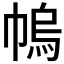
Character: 𢄓